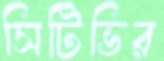
সিটিভির